Mental hospitals Bombay report 1929-33 - 1929-1933
Year: 1929
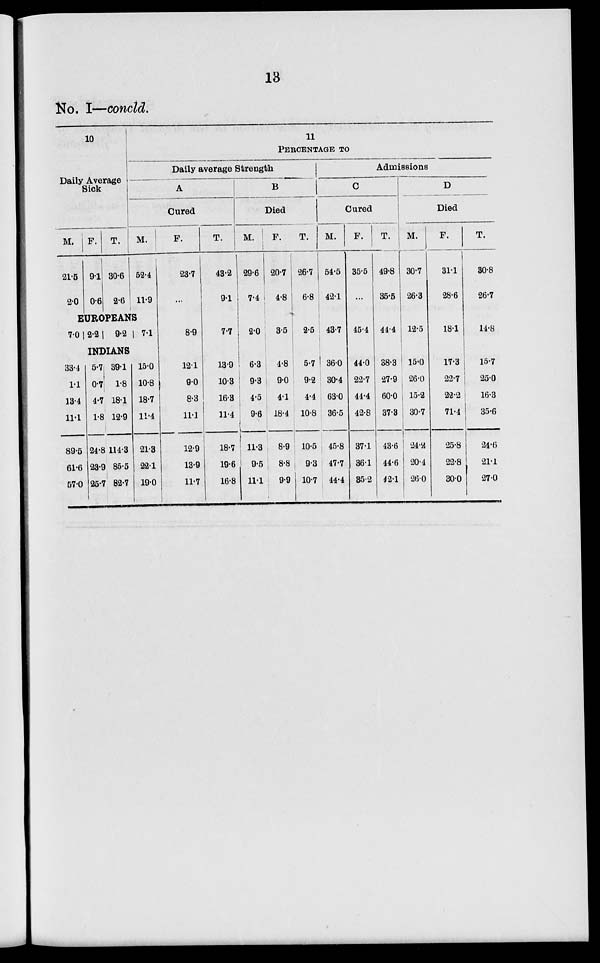
13
No. I—concld.
10
Daily Average
Sick
M.
21.5
2.0
F.
9.1
0.6
T.
30.6
2.6
11
PERCENTAGE
TO
Daily average Strength
A
Cured
M.
52.4
11.9
EUROPEANS
7.0 2.2
9.2
7.1
INDIANS
33.4
1.1
13.4
11.1
89.5
61.6
57.0
5.7
0.7
4.7
1.8
24.8
23.9
25.7
39.1
1.8
18.1
12.9
114.3
85.5
82.7
15.0
10.8
18.7
11.4
21.3
22.1
19.0
F.
23.7
...
8.9
12.1
9.0
8.3
11.1
12.9
13.9
11.7
T.
43.2
9.1
7.7
13.9
10.3
16.3
11.4
18.7
19.6
16.8
B
Died
M.
29.6
7.4
2.0
6.3
9.3
4.5
9.6
11.3
9.5
11.1
F.
20.7
4.8
3.5
4.8
9.0
4.1
18.4
8.9
8.8
9.9
T.
26.7
6.8
2.5
5.7
9.2
4.4
10.8
10.5
9.3
10.7
Admissions
C
Cured
M.
54.5
42.1
43.7
36.0
30.4
63.0
36.5
45.8
47.7
44.4
F.
35.5
...
45.4
44.0
22.7
44.4
42.8
37.1
36.1
35.2
T.
49.8
35.5
44.4
38.3
27.9
60.0
37.3
43.6
44.6
42.1
D
Died
M.
30.7
26.3
12.5
15.0
26.0
15.2
30.7
24.2
20.4
26.0
F.
31.1
28.6
18.1
17.3
22.7
22.2
71.4
25.8
22.8
30.0
T.
30.8
26.7
14.8
15.7
25.0
16.3
35.6
24.6
21.1
27.0